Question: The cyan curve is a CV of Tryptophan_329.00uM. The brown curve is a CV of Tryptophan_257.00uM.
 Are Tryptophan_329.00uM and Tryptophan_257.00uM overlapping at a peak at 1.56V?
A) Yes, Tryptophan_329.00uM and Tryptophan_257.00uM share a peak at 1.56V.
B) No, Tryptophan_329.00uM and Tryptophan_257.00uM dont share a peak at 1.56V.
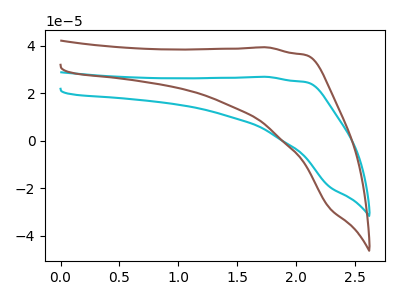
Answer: <think>The cyan curve "Tryptophan_329.00uM" has no peaks. The brown curve "Tryptophan_257.00uM" has no peaks.</think>
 <answer>B) No, "Tryptophan_329.00uM" and "Tryptophan_257.00uM" dont share a peak at 1.56V.</answer>
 <eval>B</eval>